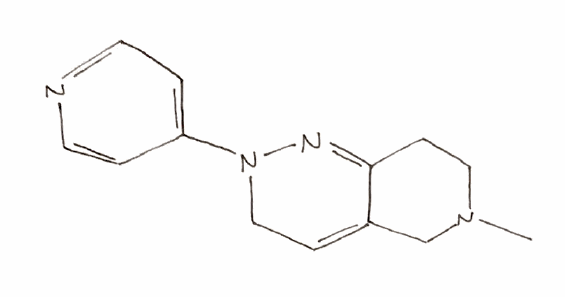
Simplified molecular-input line-entry system (SMILES) notation of the given molecule:
CN1CCC2=NN(CC=C2C1)C3=CC=NC=C3